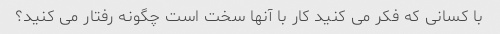
با کسانی که فکر می کنید کار با آنها سخت است چگونه رفتار می کنید؟